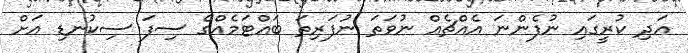
އަދި ކުރީގައި ނުފެންނަ އެއްޗެއް ނުވަތަ ނުފަރިތަ ބައްޓަމެއްގެ ސިފަ ސިކުނޑި އަށް